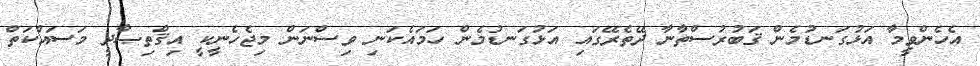
އެހެންވީމާ އަޅުގަނޑުމެން ޤަބުރުސްތާނާ ދޭތެރޭގައި އަޅުގަނޑުމެން ހަމައެކަނި ވިސްނަން މިޖެހެނީކީ އިޤްތިޞާދީ މަސައްކަތް